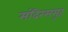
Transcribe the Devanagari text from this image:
मंदिरसमूह